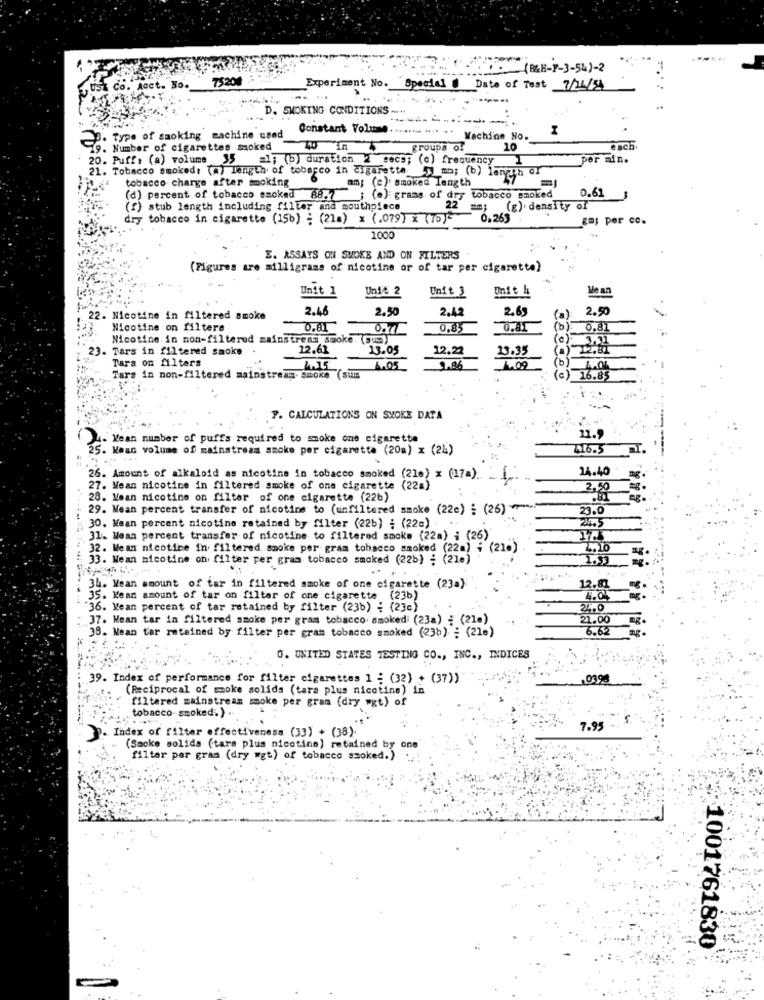
(BH-F-3-54)-2
7320
Experiment No.
Co. Aoct. No.
Special @ Date of Test 7/24/54
D. SMOKING CONDITIONS-
. Type of smoking machine used
Constant Volume ....... " .. .. Machine No.
79. Number of cigarettes smoked
70
in
groups Of
10
each
20. Puff . (a) volume 35
al; (b) duration 2 secs; (c) frequency
per min.
21. Tobacco smoked: (a) length of tobacco in cigaretta. 5) mo; (b) lanth of
tobacco charge after smoking
am; (c) smoked Length
(d) percent of tobacco smoked 88.7
(a): grams of dry tobacco smoked
0.61
(f) stub length including filter and mouthpiece
2 =m; (g) density of
dry tobacco in cigarette (15b) ; (21m) x (.079) x (75)-
0.263
gm; por co.
1000
E. ASSAYS ON SMOKE AND ON FILTERS
(Figures are milligrams of nicotine or of tar per cigarette)
Unit 1
Unit 2
Unit 3
Unit 4
Me an
2.46
2.50
2.42
2.69
2,50
22. Nicotine in filtered smoke
Nicotine on filters
0.81
0.85
0.81
1 0,81
Nicotine. in non-filtered zainstress sooke. (us)
23. Tars in filtered smoke
12.62
13.05
12.22
13.35
Tara on filters
(b)
9.86
Tars in non-filtered mainstream. Smoke (sum
(c) 16.85
9. CALCULATIONS ON SMOKE DATA
. Wean number of puffs required to smoke one cigarette
11.
25. Wean volume of mainstream smoke per cigarette (20a) x (24)
416.5
24.40
26. Amount of alkaloid as nicotine in tobacco smoked (216) x (17=). .. ..
27. Mean nicotine in filtered smoke of one cigarette (22a)
2,50
28. Mean nicotine on filter of one cigarette (22b)
29. Mean percent transfer of nicotine to (unfiltered smoke (22e) : (26) + ---
23.0
24.5
30. Mean percent nicotine retained by filter (22b) ; (22e) .
31. Mean percent transfer of nicotine to filtered smoke (22a) ; (26)
32. Mean nicotine in filtered smoke per gram tobacco smoked (22m) ; (21.)
L.10
33. Mean nicotine on filter per gram tobacco smoked (22b) : (210)
1.53
34. Wean amount of tar in filtered smoke of one cigarette (23a)
12.81
35. Wean amount of tar on filter of one cigarette (236)
4.04
36. Wean percent of tar retained by filter (23b) ; (23c)
37. Mean tar in filtered smoke per gras tobacco. smoked (23a) ; (21.)
21.00
38. Mean tar retained by filter per gram tobacco smoked (23b) ; (21e)
6.62
0. UNITED STATES TESTING CO ., INC ., INDICES
39. Index of performance for filter cigarettes 1 ; (32) + (37))
0398
(Reciprocal of smoke solids (tars plus nicotine) in
filtered mainstream smoke per gram (dry wgt) of
tobacco- smoked. ) ..
Index of filter effectiveness (33) + (38).
7.95
(Smoke solida (tars plus nicotine) retained by o
filter per gram (dry mgt) of tobacco smoked.)
1001761830